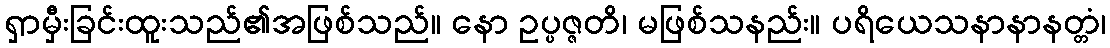
ရှာမှီးခြင်းထူးသည်၏အဖြစ်သည်။ နော ဥပ္ပဇ္ဇတိ၊ မဖြစ်သနည်း။ ပရိယေသနာနာနတ္တံ၊